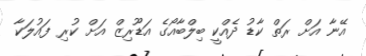
އޭނާ އަށް ރަތް ކާޑު ދެއްކީ ބިލްބާއޯގެ އަޑޫރިޒް އަށް ކުރި ފައުލަކާ